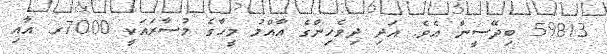
59813 ބިދޭސީން އެވެ. އަދި ދިވެހިންގެ އާއްމު މީހާގެ މުސާރައަކީ 7000ރ. އާއި